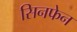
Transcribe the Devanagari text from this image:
सिनफेन